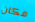
مكان